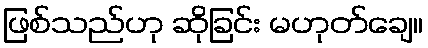
ဖြစ်သည်ဟု ဆိုခြင်း မဟုတ်ချေ။